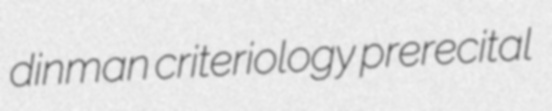
dinman criteriology prerecital